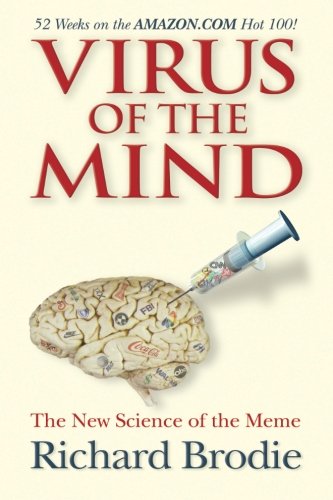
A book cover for Virus of the Mind: The New Science of the Meme; Richard Brodie; Religion & Spirituality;